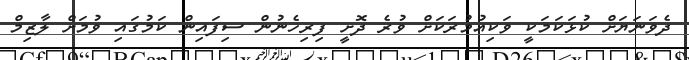
ދެވަނަޔަށް ކުޅަކަމަކީ ވަކިއުމުރަކަށް ވުރެ ދޮށީ ފިރިހެނުން ސިފައިން ކަމުގައި ވުމަށް ލާޒިމް